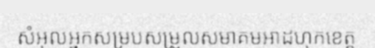
សំអុលអ្នកសម្របសម្រួលសមាគមអាដហុកខេត្ត